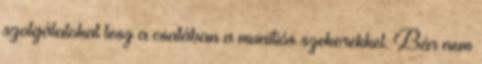
szolgálatokat tesz a csatában a munitiós szekerekkel. Bár nem